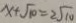
x + \sqrt { 1 0 } = 2 \sqrt { 1 0 }